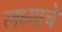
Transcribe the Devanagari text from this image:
लध्याचे